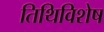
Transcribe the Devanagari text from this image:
तिथिविशेष